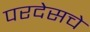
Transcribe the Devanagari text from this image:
परदेसचे